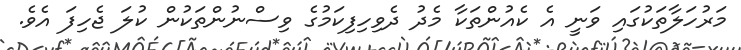
މަރުހަލާތަކުގައި ވަނީ އެ ކެއުންތަކާ މެދު ދެވިހިފިކަމުގެ ވިސްނުންތަކުން ކުލަ ޖެހިފަ އެވެ.